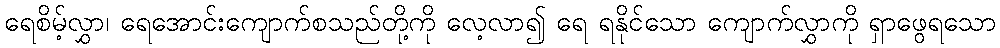
ရေစိမ့်လွှာ၊ ရေအောင်းကျောက်စသည်တို့ကို လေ့လာ၍ ရေ ရနိုင်သော ကျောက်လွှာကို ရှာဖွေရသော